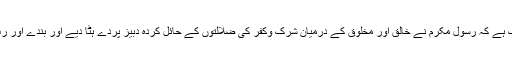
سیرت طیبہ کا یہ پہلو کس قدر تابناک ہے کہ رسول مکرمؐ نے خالق اور مخلوق کے درمیان شرک وکفر کی ضلالتوں کے حائل کردہ دبیز پردے ہٹا دیے اور بندے اور رب کا تعلق براہ راست استوار فرما دیا۔